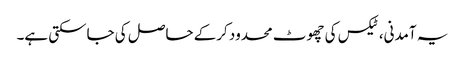
یہ آمدنی، ٹیکس کی چھوٹ محدود کرکے حاصل کی جاسکتی ہے۔